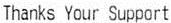
THANKS YOUR SUPPORT